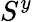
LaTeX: S^{y}